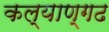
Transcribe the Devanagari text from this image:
कल्याण्गढ